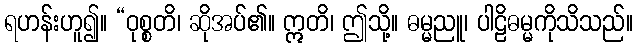
ရဟန်းဟူ၍။ “ဝုစ္စတိ၊ ဆိုအပ်၏။ ဣတိ၊ ဤသို့။ ဓမ္မညူ၊ ပါဠိဓမ္မကိုသိသည်။